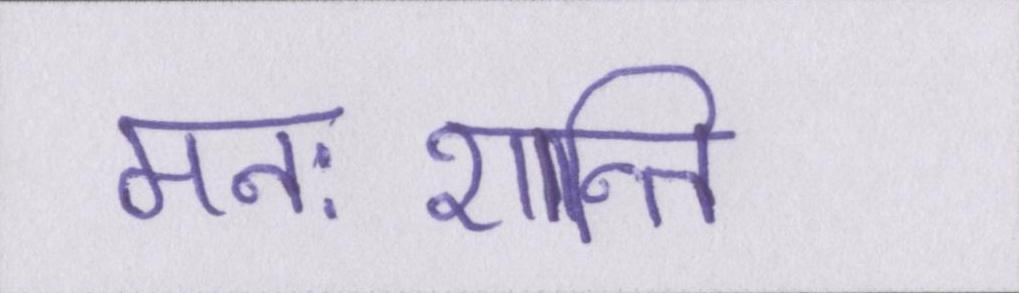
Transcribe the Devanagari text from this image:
मनःशान्ति